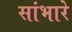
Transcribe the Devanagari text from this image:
सांभारे